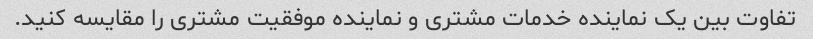
تفاوت بین یک نماینده خدمات مشتری و نماینده موفقیت مشتری را مقایسه کنید.